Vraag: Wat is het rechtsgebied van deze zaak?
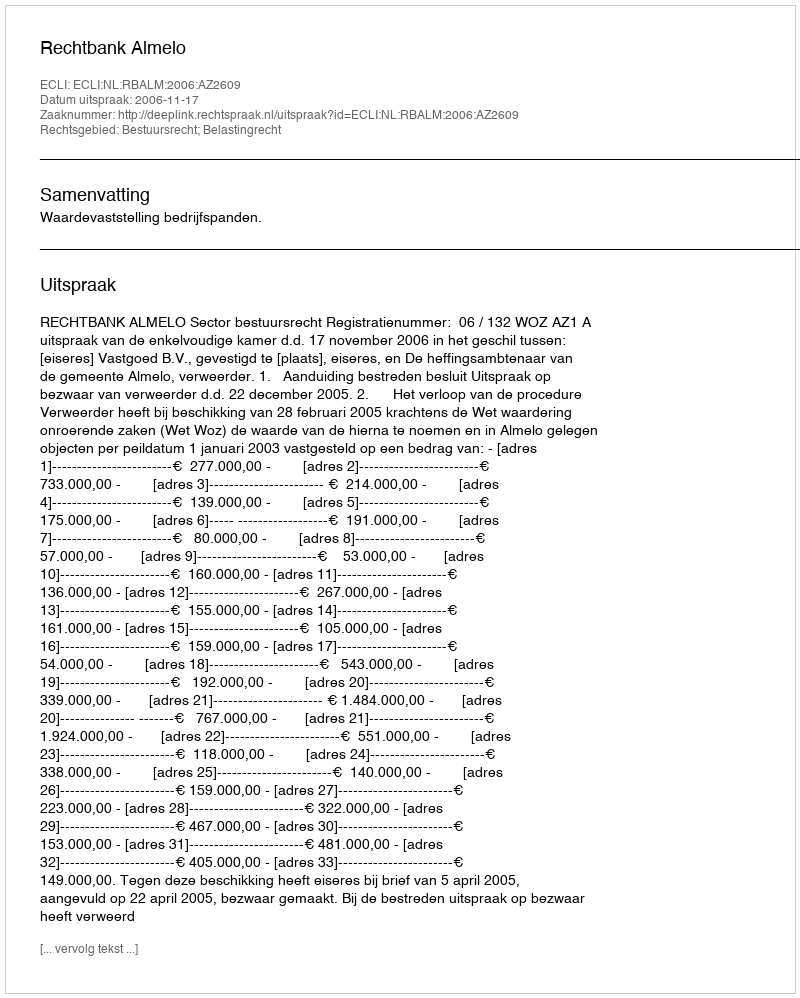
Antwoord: Bestuursrecht; Belastingrecht